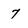
Character: 7